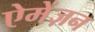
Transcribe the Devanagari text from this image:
ऐमेंज़न